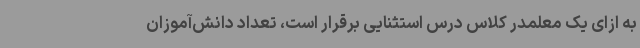
به ازای یک معلمدر کلاس درس استثنایی برقرار است، تعداد دانش‌آموزان